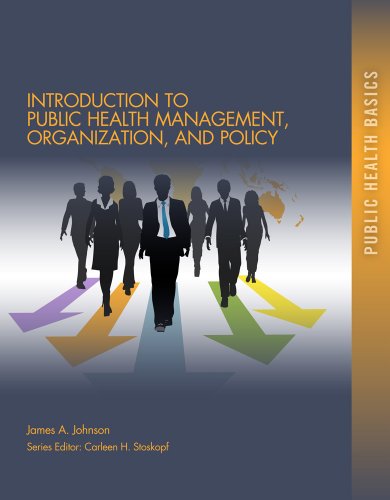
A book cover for Introduction to Public Health Organizations, Management, and Policy (Public Health Basics); James A. Johnson; Medical Books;